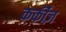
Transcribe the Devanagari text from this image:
कर्कीज़